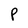
Character: P